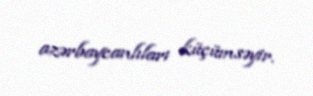
azərbaycanlıları küçümsəyir.